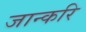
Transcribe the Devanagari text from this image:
जान्करि